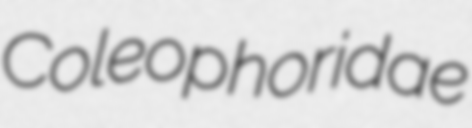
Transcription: Coleophoridae